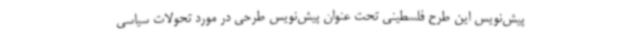
پیش‌نویس این طرح فلسطینی تحت عنوان پیش‌نویس طرحی در مورد تحولات سیاسی